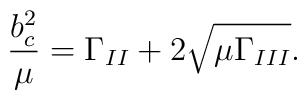
\frac{b^2_c}{\mu} = \Gamma_{II} + 2 \sqrt{\mu \Gamma_{III}}.